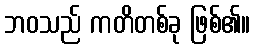
ဘဝသည် ကတိတစ်ခု ဖြစ်၏။